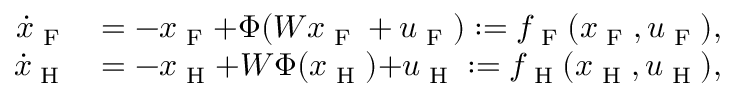
\begin{array} { r l } { \dot { x } _ { \textup { F } } } & { = - x _ { \textup { F } } { + } \Phi ( W x _ { \textup { F } } + u _ { \textup { F } } ) : = f _ { \textup { F } } ( x _ { \textup { F } } , u _ { \textup { F } } ) , } \\ { \dot { x } _ { \textup { H } } } & { = { - } x _ { \textup { H } } { + } W \Phi ( x _ { \textup { H } } ) { + } u _ { \textup { H } } : = f _ { \textup { H } } ( x _ { \textup { H } } , u _ { \textup { H } } ) , } \end{array}